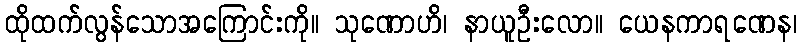
ထိုထက်လွန်သောအကြောင်းကို။ သုဏောဟိ၊ နာယူဦးလော။ ယေနကာရဏေန၊